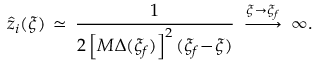
\hat { z } _ { i } ( \xi ) \, \simeq \, \frac { 1 } { 2 \left[ M \Delta ( \xi _ { f } ) \right] ^ { 2 } ( \xi _ { f } \! - \! \xi ) } \: \stackrel { \xi \to \xi _ { f } } { - \! \! \! - \! \! \! \longrightarrow } \: \infty .